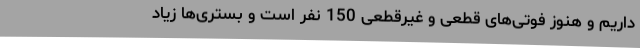
داریم و هنوز فوتی‌های قطعی و غیرقطعی 150 نفر است و بستری‌ها زیاد